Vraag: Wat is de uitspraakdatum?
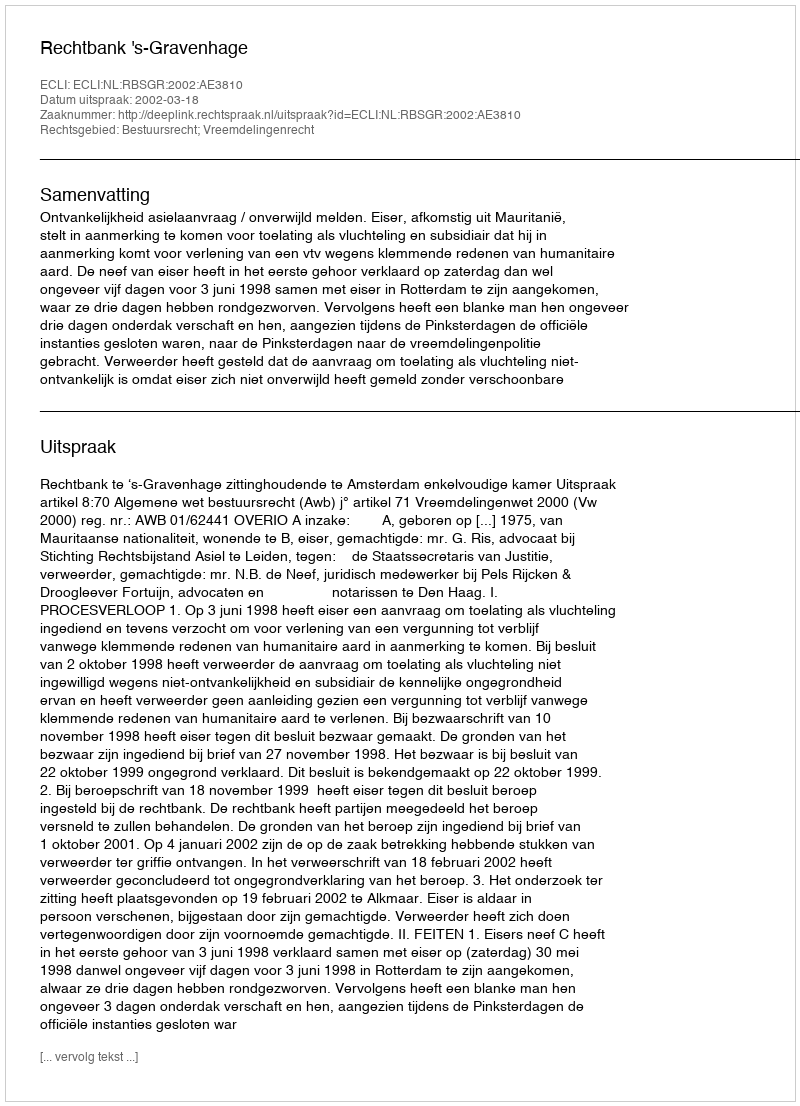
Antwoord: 2002-03-18